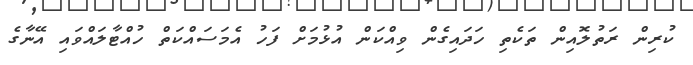
ކުރިން ރަތުލޮއިން ތަކެތި ހަދައިގެން ވިއްކަން އުޅުމަށް ފަހު އެމަސައްކަތް ހުއްޓާލައްވައި އޭނާގެ